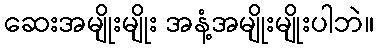
ဆေးအမျိုးမျိုး အနံ့အမျိုးမျိုးပါဘဲ။